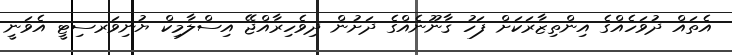
އެތައް ދުވަހެއްގެ އިންތިޒާރަކަށް ފަހު ޤާނޫނެއްގެ ދަށުން ދިވެހިރާއްޖޭ އިސްލާމިކް ޔުނިވަރސިޓީ އެވަނީ